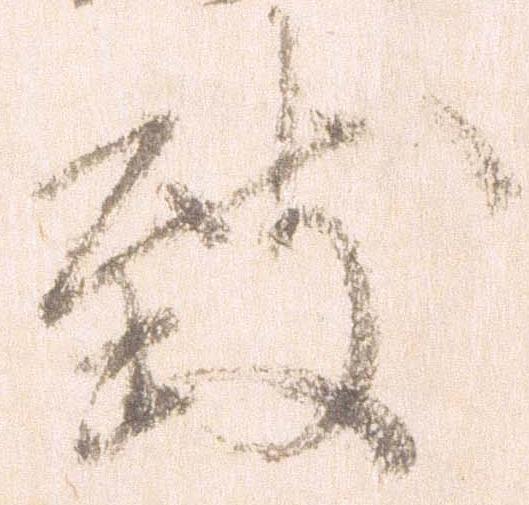
致